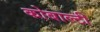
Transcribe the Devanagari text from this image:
कोबाल्टी